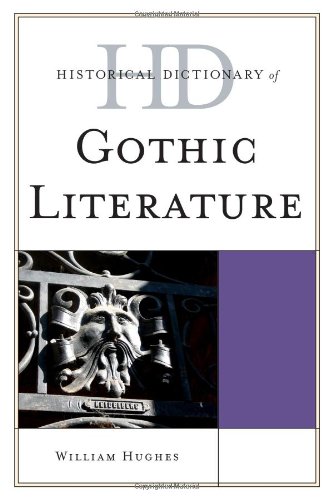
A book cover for Historical Dictionary of Gothic Literature (Historical Dictionaries of Literature and the Arts); William Hughes; Literature & Fiction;